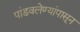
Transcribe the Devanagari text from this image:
पांडवलेण्यांपासून